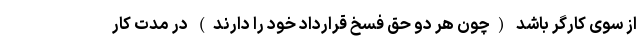
از سوی کارگر باشد (چون هر دو حق فسخ قرارداد خود را دارند) در مدت کار